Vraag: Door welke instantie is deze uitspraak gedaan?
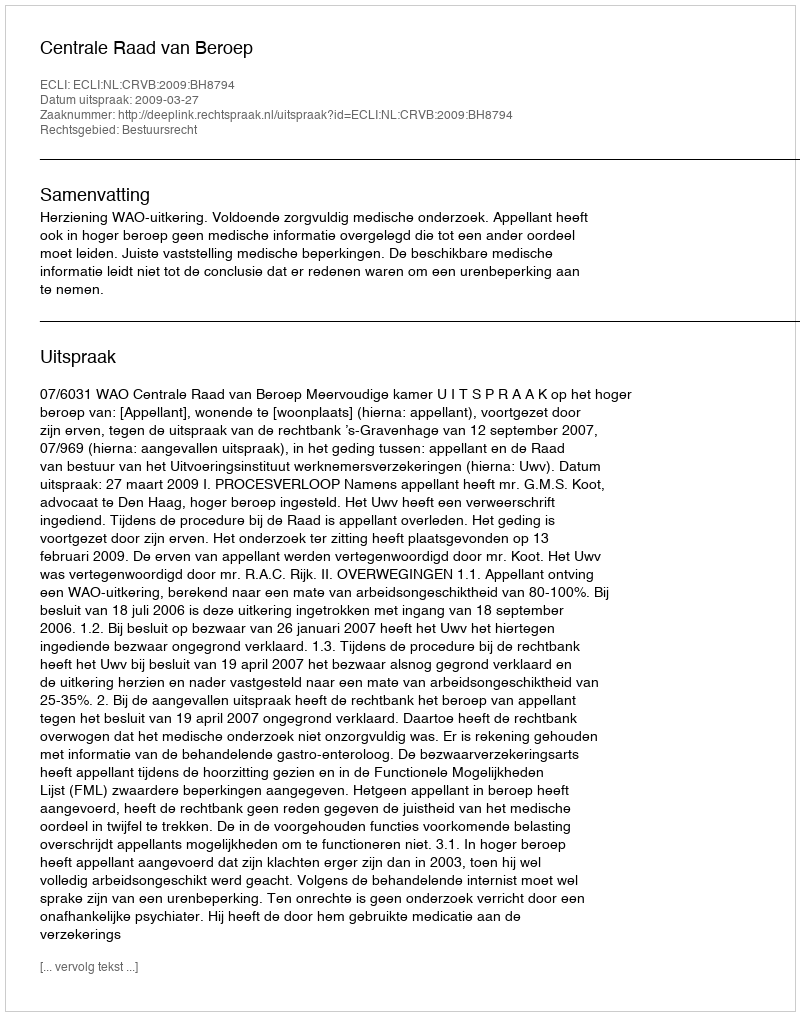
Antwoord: Centrale Raad van Beroep